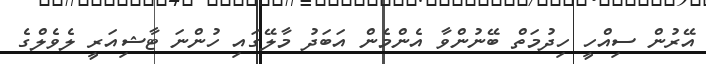
އޭރުން ސިއްހީ ހިދުމަތް ބޭނުންވާ އެންމެން އަބަދު މާލޭގައި ހުންނަ ޓާޝިއަރީ ލެވެލްގެ